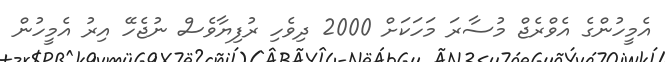
އެމީހުންގެ އެވްރެޖް މުސާރަ މަހަކަށް 2000 ދިވެހި ރުފިޔާވެސް ނުޖެހޭ އިރު އެމީހުން